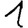
Digit: 1